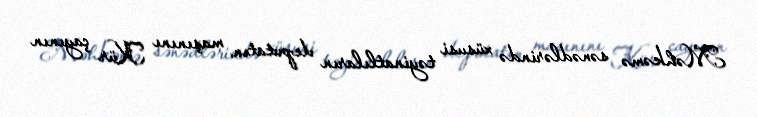
Məhkəmə sənədlərində xüsusi təyinatlıların deputatın maşınını Kür çayının